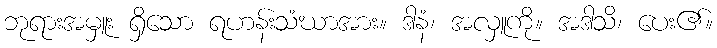
ဘုရားအမှူး ရှိသော ရဟန်းသံဃာအား။ ဒါနံ၊ အလှူကို။ အဒါသိ၊ ပေး၏။